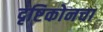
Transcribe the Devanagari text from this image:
दृष्टिकोनचा